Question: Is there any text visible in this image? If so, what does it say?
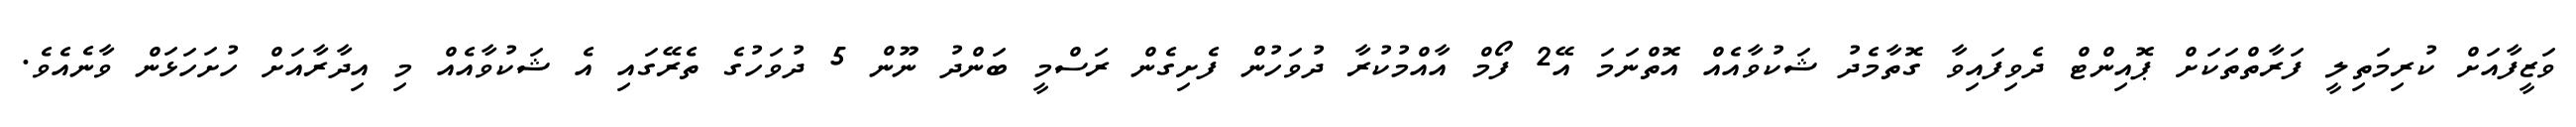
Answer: ވަޒީފާއަށް ކުރިމަތިލީ ފަރާތްތަކަށް ޕޮއިންޓް ދެވިފައިވާ ގޮތާމެދު ޝަކުވާއެއް އޮތްނަމަ އޭ2 ފޯމް އާއްމުކުރާ ދުވަހުން ފެށިގެން ރަސްމީ ބަންދު ނޫން 5 ދުވަހުގެ ތެރޭގައި އެ ޝަކުވާއެއް މި އިދާރާއަށް ހުށަހަޅަން ވާނެއެވެ.